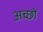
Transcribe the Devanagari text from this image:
अच्छों